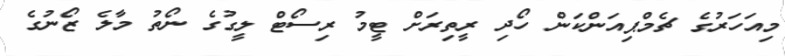
މިއަހަރުގެ ޗެމްޕިއަންކަން ހޯދި ރީތިރަށް ޓީމު ރިސޯޓް ލީގުގެ ނޯތު މާލެ ޒޯނުގެ